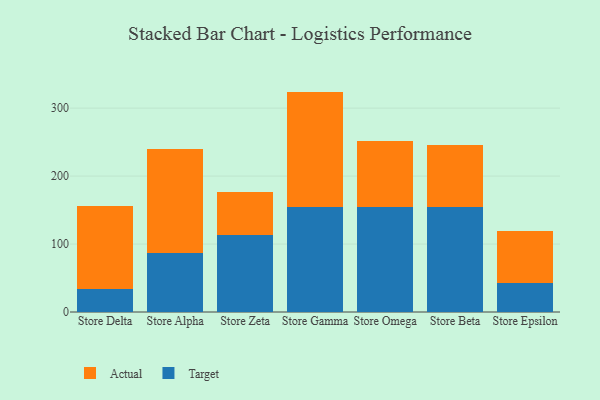
{"axis": {"x": "Store", "y": "Market Share (%)"}, "legend": ["Actual", "Target"], "data": [{"x": "Store Delta", "y": 33.3, "type": "Target"}, {"x": "Store Delta", "y": 122.2, "type": "Actual"}, {"x": "Store Alpha", "y": 86.7, "type": "Target"}, {"x": "Store Alpha", "y": 153.2, "type": "Actual"}, {"x": "Store Zeta", "y": 113.7, "type": "Target"}, {"x": "Store Zeta", "y": 63.2, "type": "Actual"}, {"x": "Store Gamma", "y": 155.1, "type": "Target"}, {"x": "Store Gamma", "y": 169.2, "type": "Actual"}, {"x": "Store Omega", "y": 154.7, "type": "Target"}, {"x": "Store Omega", "y": 96.7, "type": "Actual"}, {"x": "Store Beta", "y": 155.0, "type": "Target"}, {"x": "Store Beta", "y": 91.2, "type": "Actual"}, {"x": "Store Epsilon", "y": 42.8, "type": "Target"}, {"x": "Store Epsilon", "y": 75.9, "type": "Actual"}]}